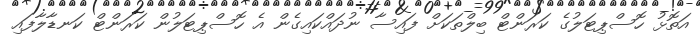
އަތޮޅު ހޮސްޕިޓަލުގެ ކަރަންޓް ބިލްތަކަށް ފައިސާ ނުދައްކައިގެން އެ ހޮސްޕިޓަލުން ކަރަންޓް ކަނޑާލާފައި